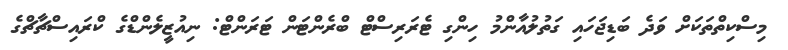
މިސްކިތްތަކަށް ވަދެ ބަޑިޖަހައި ގަތުލުއާންމު ހިންގި ޓެރަރިސްޓް ބްރެންޓަން ޓަރަންޓް: ނިއުޒީލެންޑްގެ ކްރައިސްޗާޗްގެ